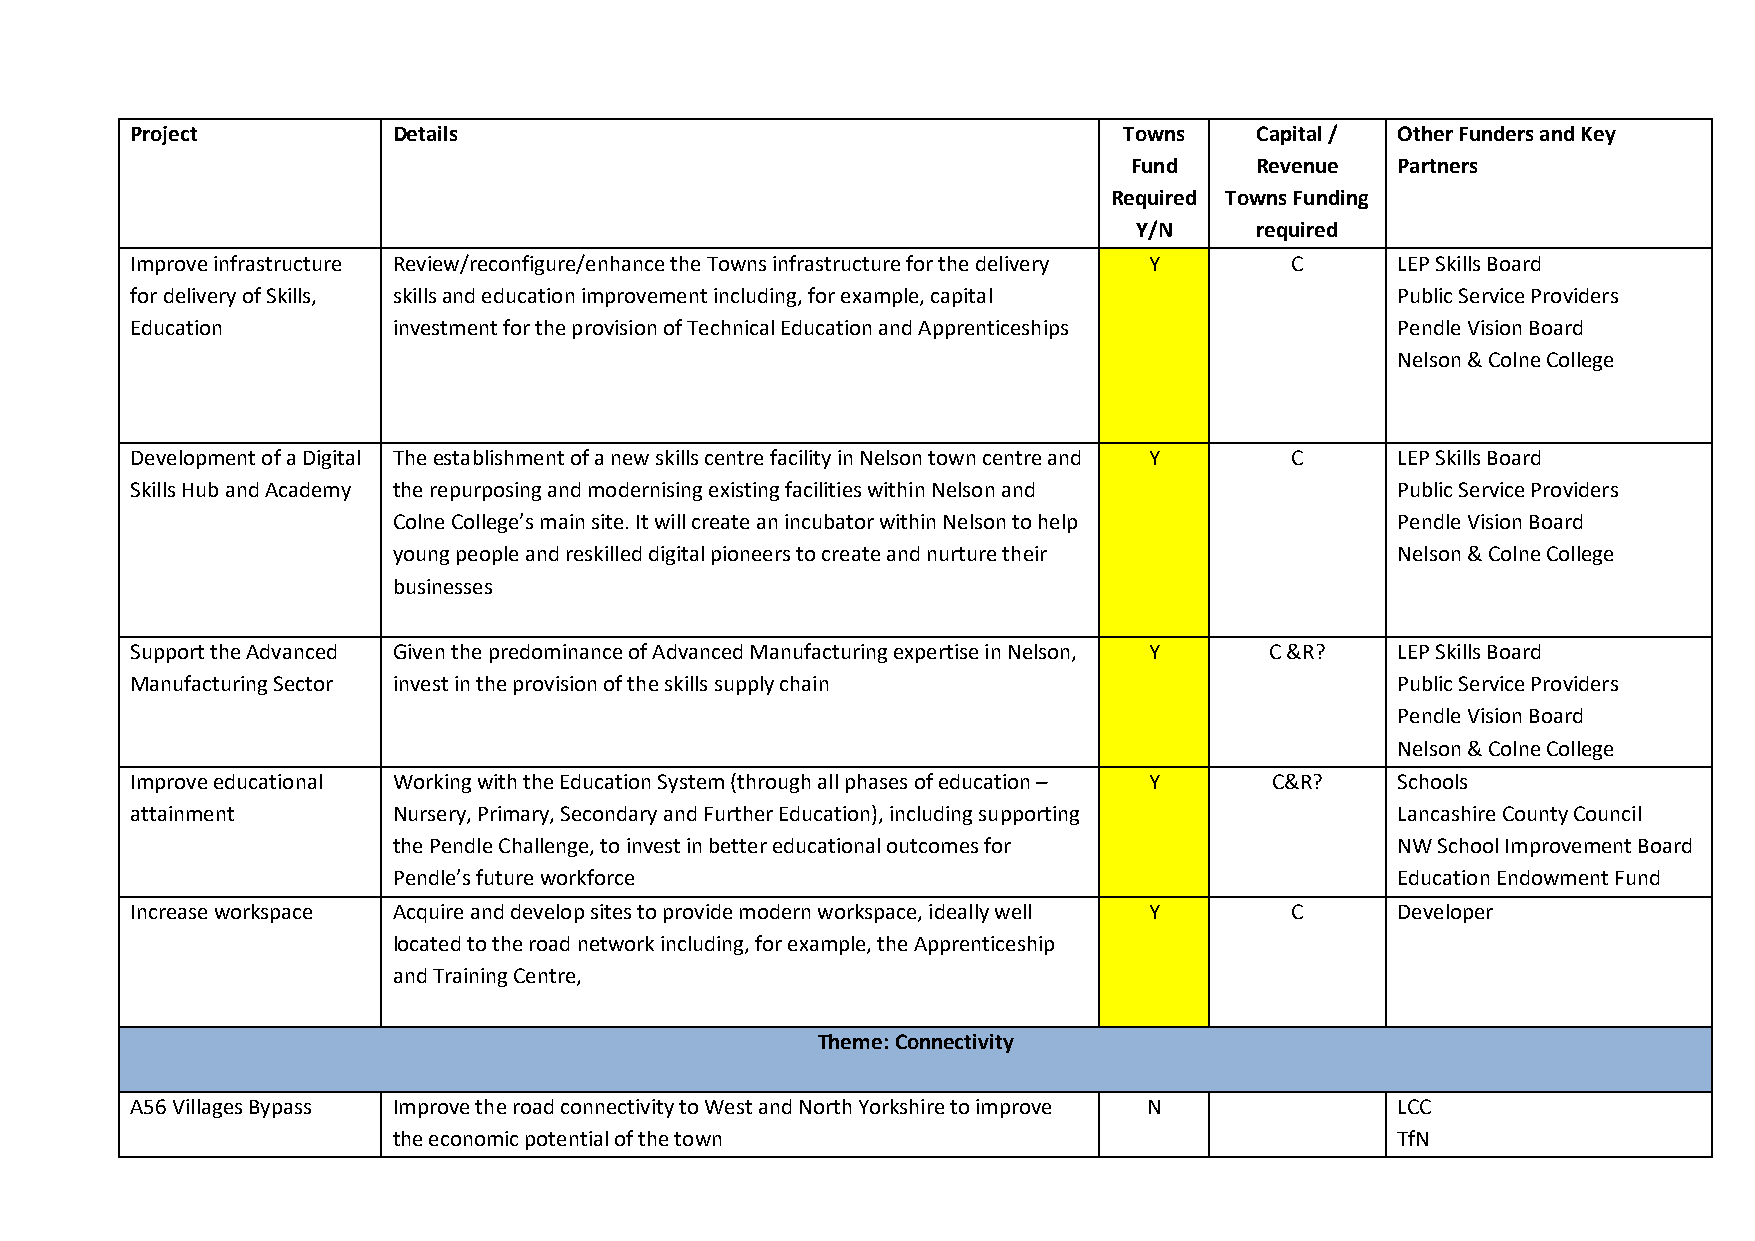
Project          Details                                         Towns    Capital / Other Funders and Key
 Fund    Revenue  Partners
 Required Towns Funding
 Y/N     required
 Improve infrastructure Review/reconfigure/enhance the Towns infrastructure for the delivery Y C LEP Skills Board
 for delivery of Skills, skills and education improvement including, for example, capital Public Service Providers
 Education        investment for the provision of Technical Education and Apprenticeships Pendle Vision Board
 Nelson & Colne College
 Development of a Digital The establishment of a new skills centre facility in Nelson town centre and Y C LEP Skills Board
 Skills Hub and Academy the repurposing and modernising existing facilities within Nelson and Public Service Providers
 Colne College’s main site. It will create an incubator within Nelson to help Pendle Vision Board
 young people and reskilled digital pioneers to create and nurture their Nelson & Colne College
 businesses
 Support the Advanced Given the predominance of Advanced Manufacturing expertise in Nelson, Y C &R? LEP Skills Board
 Manufacturing Sector invest in the provision of the skills supply chain            Public Service Providers
 Pendle Vision Board
 Nelson & Colne College
 Improve educational Working with the Education System (through all phases of education – Y C&R? Schools
 attainment       Nursery, Primary, Secondary and Further Education), including supporting Lancashire County Council
 the Pendle Challenge, to invest in better educational outcomes for NW School Improvement Board
 Pendle’s future workforce                                         Education Endowment Fund
 Increase workspace Acquire and develop sites to provide modern workspace, ideally well Y C Developer
 located to the road network including, for example, the Apprenticeship
 and Training Centre,
 Theme: Connectivity
 A56 Villages Bypass Improve the road connectivity to West and North Yorkshire to improve N LCC
 the economic potential of the town                                TfN